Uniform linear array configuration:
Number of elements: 4
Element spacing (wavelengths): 0.5
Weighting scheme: cosine
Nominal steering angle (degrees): -15
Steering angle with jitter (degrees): -14.773
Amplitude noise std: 0.05
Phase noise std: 0.05

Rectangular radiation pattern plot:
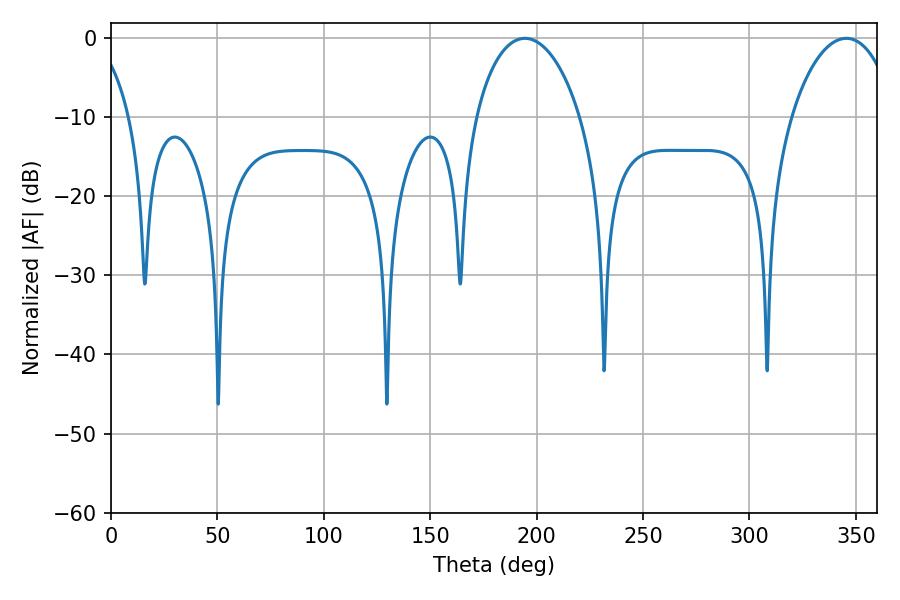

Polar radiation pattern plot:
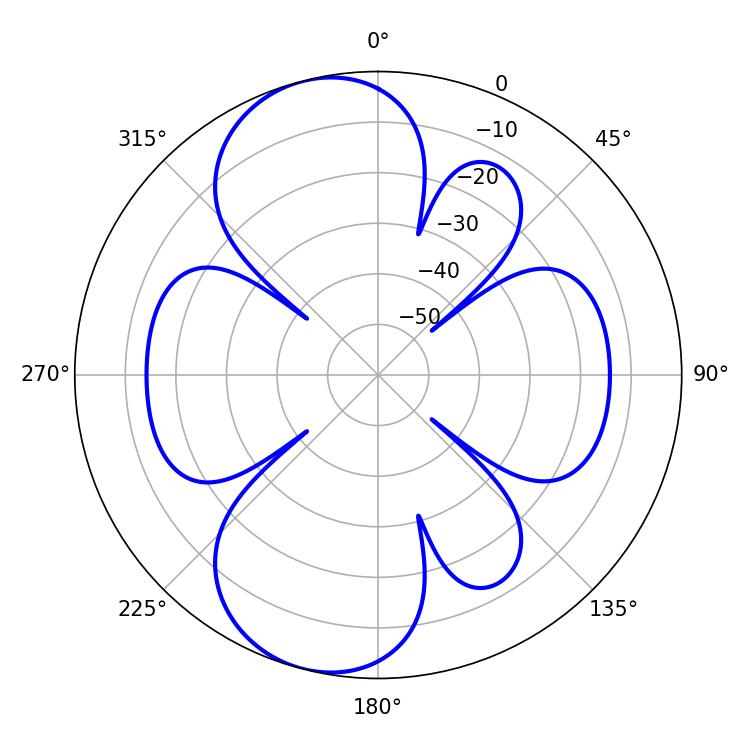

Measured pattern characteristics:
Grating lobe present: FALSE
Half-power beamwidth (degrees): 28.08
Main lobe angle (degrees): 194.4